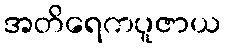
အတိရေကပူဇာယ